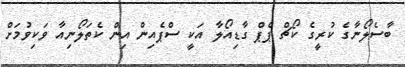
ބާސެލޯނާގެ ކުރީގެ ކޯޗް ޕެޕް ގާޑިއޯލާ އަކީ ސްޕެއިން އިން ކެތަލޯނިއާ ވަކިވުމަށް